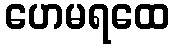
ဟေမရထေ